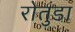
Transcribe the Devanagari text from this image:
रोतुंडा